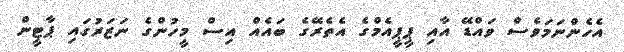
އެހެންނަމަވެސް ވައްޑޭ އާއި ޕީޕީއެމްގެ އެތެރޭގެ ބައެއް އިސް މީހުންގެ ނަޒަރުގައި ޕާޓީން